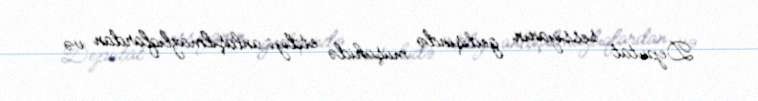
Deputat sessiyanın gedişində müşahidə etdiyi anlaşılmazlıqlardan və